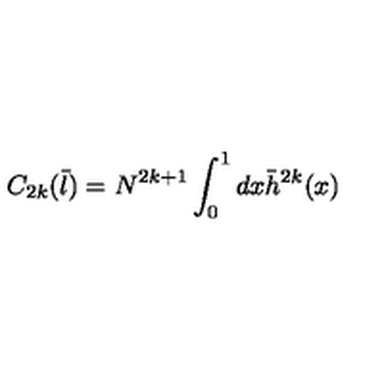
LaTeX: C _ { 2 k } ( { \bar { l } } ) = N ^ { 2 k + 1 } \int _ { 0 } ^ { 1 } d x { \bar { h } } ^ { 2 k } ( x )